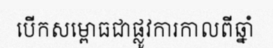
បើកសម្ពោធជាផ្លូវការកាលពីឆ្នាំ